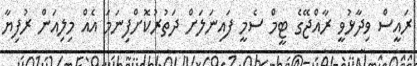
ރައީސް ވިދާޅުވީ ރާއްޖޭގެ ޓީމް ސެމީ ފައިނަލަށް ދަތުުރުކޮށްފިނަމަ އެއް މިލިއަން ރުފިޔާ